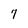
Character: 7